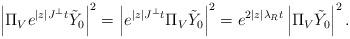
LaTeX: \begin{align*}\left|\Pi_V e^{|z| J^\perp t}\tilde{Y}_0\right|^2 & = \left|e^{|z| J^\perp t}\Pi_{V}\tilde{Y}_0\right|^2 = e^{2|z|\lambda_R t}\left|\Pi_{V}\tilde{Y}_0\right|^2.\end{align*}